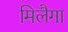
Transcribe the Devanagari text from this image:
मिलैगा